Report of the Municipal Commissioner on the plague in Bombay for the year ending 31st May... - Volume 1
Disease focus: Plague
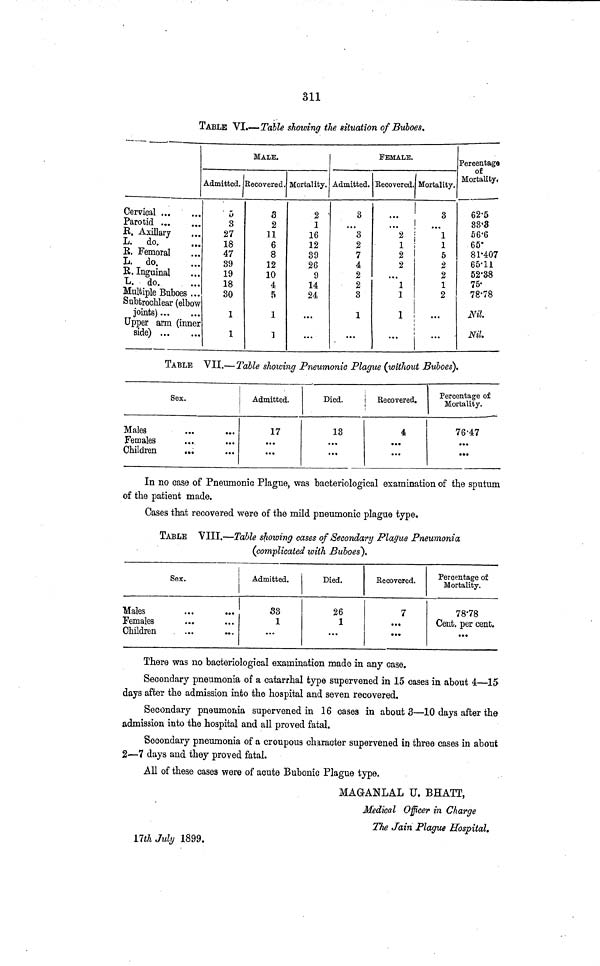
311
TABLE VI.—Table showing the situation of Buboes.
Cervical ...
Parotid ...
B. Axillary
L. do.
E. Femoral
L. do.
B. Inguinal
L. do.
Multiple Buboes
Subtrochlear (elbow
joints)
Upper arm (inner
side)
Admitted.
5
3
27
18
47
39
19
18
30
1
1
MALE.
Recovered.
3
2
11
6
8
12
10
4
5
1
]
Mortality.
2
1
16
12
39
26
9
14
24
...
...
Admitted.
3
...
3
2
7
4
2
2
3
1
...
FEMALE.
Recovered.
...
2
1
2
2
é B
1
1
1
Mortality.
3
...
1
1
5
2
2
1
2
...
Percentage
of
Mortality.
62.5
83.3
56.6
65.
81.407
65.11
52.38
75
78.78
Nil.
Nil.
TABLE VII.—Table showing Pneumonic Plague (without Buboes).
Males
Females
Children
Sex.
• ••
• • •
• •
...
...
Admitted.
17
• ••
...
Died.
13
...
...
Becovered.
4
• •*
...
Percentage of
Mortality.
76.47
• •*
• ••
In no case of Pneumonic Plague, was bacteriological examination of the sputum
of the patient made.
Cases that recovered were of the mild pneumonic plague type.
TABLE VIII.—Table showing cases of Secondary Plague Pneumonia
(complicated with Buboes).
Males
Females
Children
Sex.
• ••
• ••
• ••
...
Admitted.
33
1
...
Died.
26
1
...
Becovered.
7
...
...
Percentage of
Mortality.
78.78
Cent. per cent.
...
There was no bacteriological examination made in any case.
Secondary pneumonia of a catarrhal type supervened in 15 cases in about 4.—15
days after the admission into the hospital and seven recovered.
Secondary pneumonia supervened in 16 cases in about 3—10 days after the
admission into the hospital and all proved fatal.
Secondary pneumonia of a croupous character supervened in three cases in about
2—7 days and they proved fatal.
All of these cases were of acute Bubonic Plague type.
MAGANLAL U. BHATT,
Medical Officer in Charge
The Jain Plague Hospital.
17th July 1899.